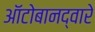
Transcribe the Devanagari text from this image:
ऑटोबानद्वारे